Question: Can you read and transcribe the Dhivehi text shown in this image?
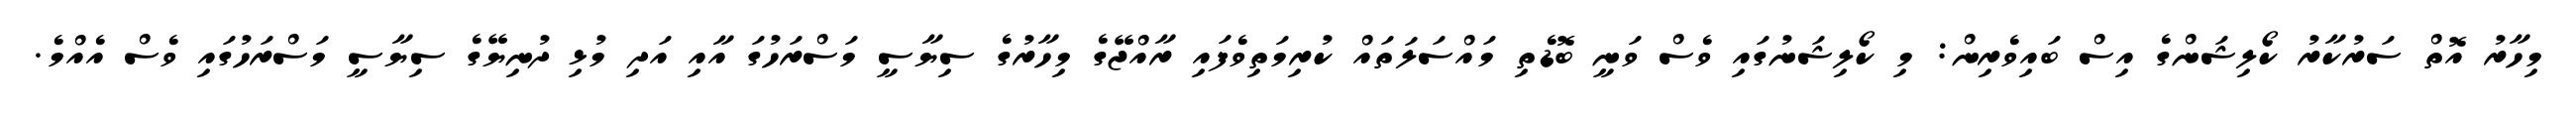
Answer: މިހާރު އޮތް ސަރުކާރު ކޯލިޝަންގެ އިސް ބައިވެރިން: މި ކޯލިޝަނުގައި ވެސް ވަނީ ބޮޑެތި މައްސަލަތައް ކުރިމަތިވެފައި ރާއްޖޭގެ މިހާރުގެ ސިޔާސީ މަސްރަހުގަ އާއި އަދި މުޅި ދުނިޔޭގެ ސިޔާސީ މަސްރަހުގައި ވެސް އެއްމެ.